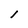
Character: l